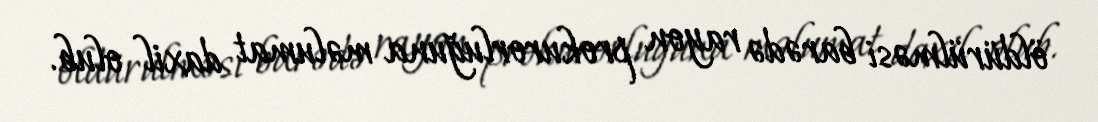
öldürülməsi barədə rayon prokurorluğuna məlumat daxil olub.